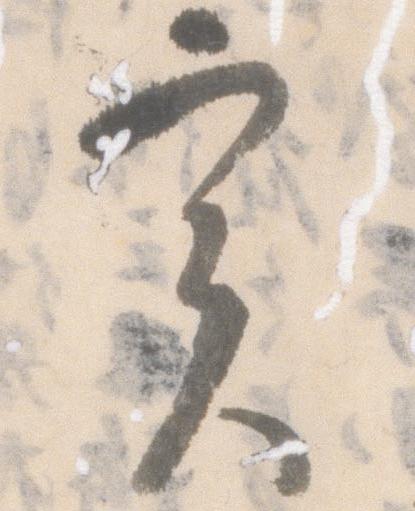
実